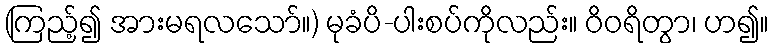
(ကြည့်၍ အားမရလသော်။) မုခံပိ-ပါးစပ်ကိုလည်း။ ဝိဝရိတွာ၊ ဟ၍။